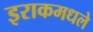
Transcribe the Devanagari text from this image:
इराकमधले